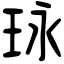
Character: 𤤯